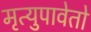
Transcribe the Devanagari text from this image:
मृत्युपावेतो